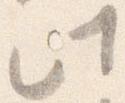
此